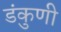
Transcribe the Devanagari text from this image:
डंकुणी